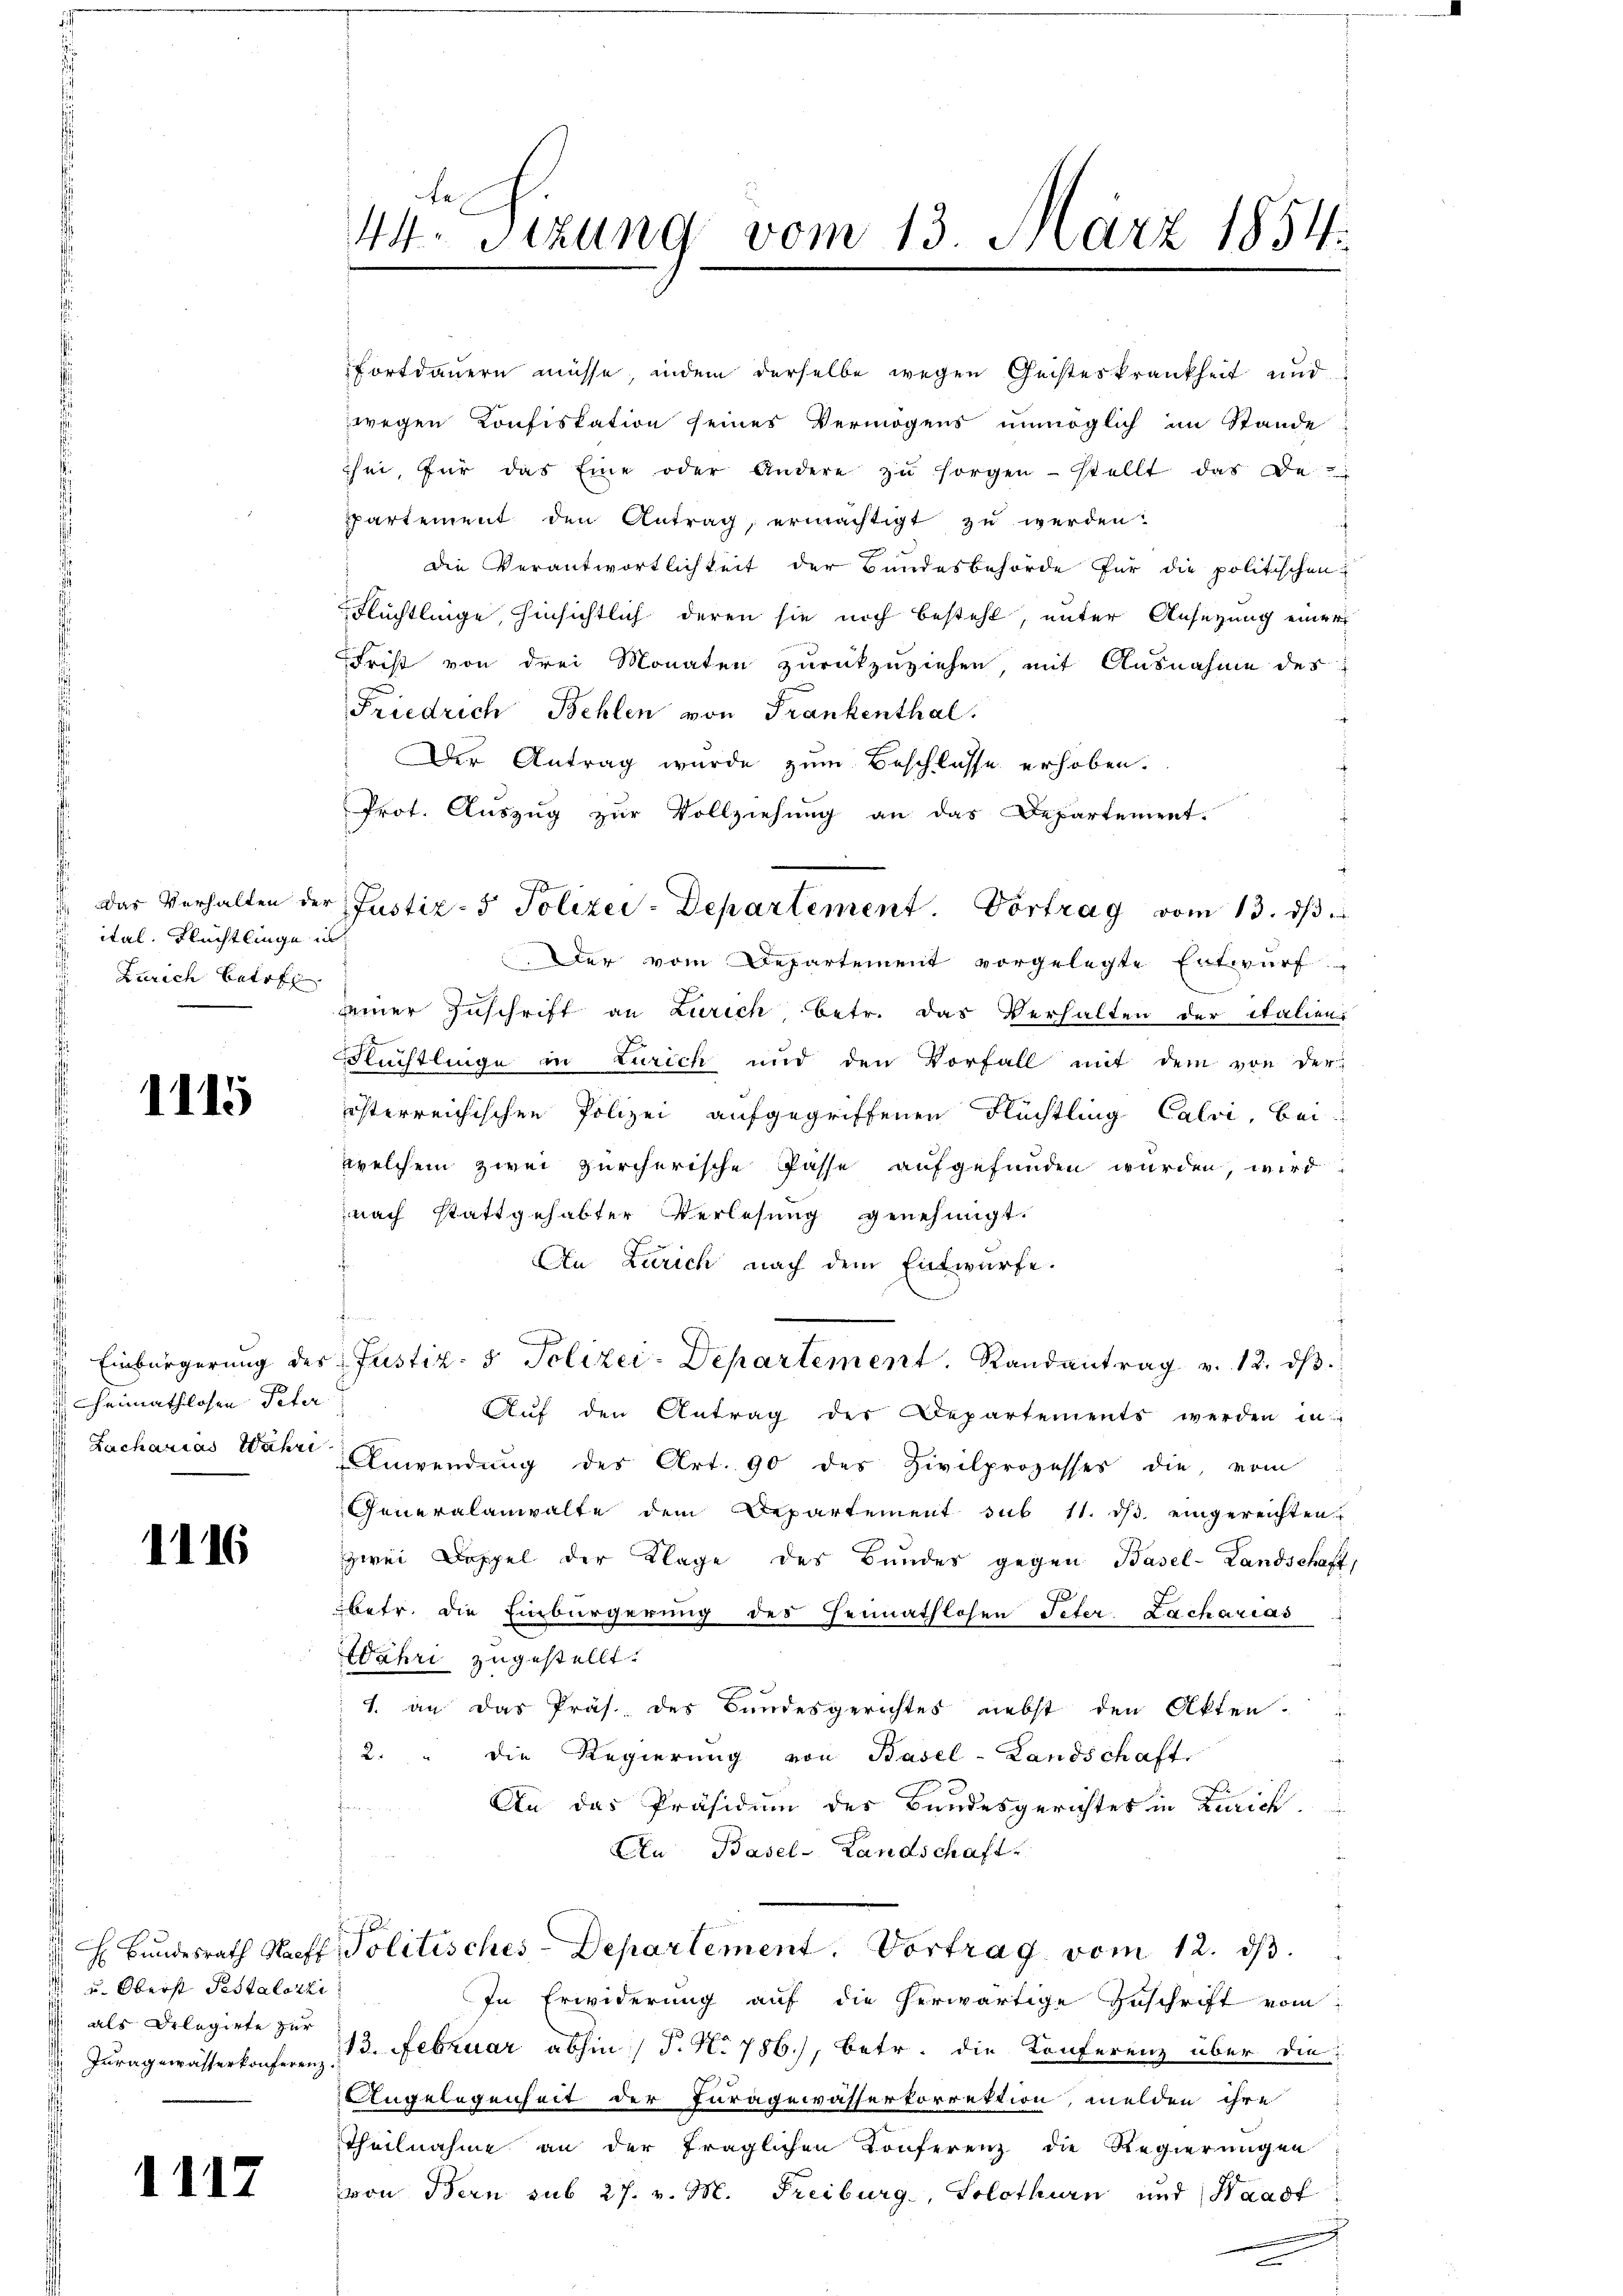
ital. Flüchtlinge in
Zürich betre

1115

heimathlosen Peter
Zacharias Währi

1116

E
 u. Oberst Pestalozzi
 als Delegirte zur
s

1117

44 Sizung vom 13. März 1854.

fortdauern müsse, indem derselbe wegen Geisteskrankheit und
wegen Konfiskation seines Vermögens unmöglich im Stande
hei, für das Eine oder Andere zŭ sorgen stellt das De
Partement den Antrag, ermächtigt zu werden:

die Verantwortlichkeit der Bundesbehörde für die politischen
Flüchtlinge, hinsichtlich deren sie noch besteht, unter Ansezung einer
Frist von drei Monaten zurückzuziehen, mit Ausnahme des
Friedrich Behlen von Frankenthal.
t
Der Antrag wurde zum Beschlüsse erhoben.
Prot. Auszug zur Vollziehung an das Departement.
Der vom Departement vorgelegte Entwurf
seiner Zuschrift an Zürich betr. das Verhalten der italien-
Fluchtlinge in Zürich und den Vorfall mit dem von der
österreichischen Polizei aufgegriffenen Flüchtling Calvi, bei
welchem zwei Zürcherische Pässe aufgefunden wurden, wird
nach stattgehabter Verlesung genehmigt.
An Zürich nach dem Entwürfe.
Jammen
 Einbürgerung des Justiz- & Polizei-Departement. Randantrag v. 12. dβ.
Aŭf den Antrag der Departements werden in
Anwendung des Art. 90 des Zivilprozesses die vom
Generalanwalte dem Departement sub 11. ds eingereichten
zwei Doppel der Klage des Bundes gegen Basel-Landschaft,
betr. die Einbürgerung des Heimathlosen Peter Lacharias
Wahri zugestellt.
1. an das Präs. des Bundesgerichtes nebst den Akten.
2. " die Regierŭng von Basel-Landschaft
An das Präsidium des Bundesgerichtes in Zürich
An Basel-Landschaft
 Bundesrath Haff Politisches Departement. Vortrag vom 12. ds.
In Erwiderung auf die herwärtige Zuschrift vom
 Juragewässerkonferen 3. Februar abhin / P. No 786), betr. die Konferenz über die
Angelegenheit der Juragewässertorrektion melden ihre
Theilnahme an der fraglichen Konferenz die Regierungen
von Bern sub 27. v. M. Freiburg, Solothurn und Waadt

Das Verhalten der Justiz- & Polizei-Departement. Vortrag vom 13. dβ